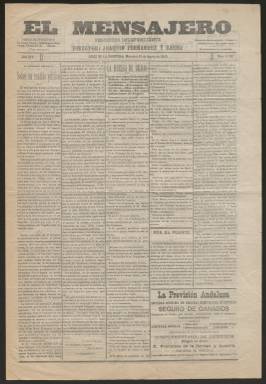
Título: El Mensajero (Jerez de la Frontera)
Colección: Periódicos
Ámbito geográfico: Cádiz
Lugar de publicación: Jerez de la Frontera [Cádiz]
Fechas: 10/08/1910-23/01/1921